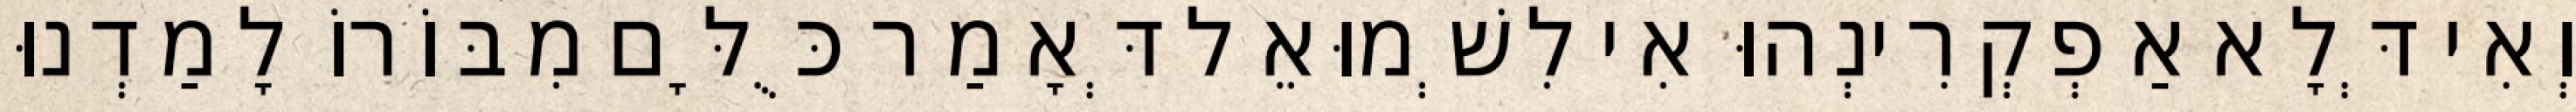
וְאִי דְּלָא אַפְקְרִינְהוּ אִי לִשְׁמוּאֵל דְּאָמַר כֻּלָּם מִבּוֹרוֹ לָמַדְנוּ